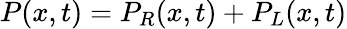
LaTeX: P(x,t)=P_{R}(x,t)+P_{L}(x,t)